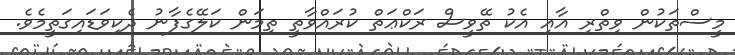
މީސްތަކުން ވިތްރި އާއި އެކު ތޭވީސް ރަކްޢަތް ކުރައްވާތީ ތިމަން ކަލޭގެފާނު ދެކިވަޑައިގަތީމެވެ.